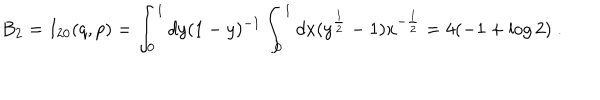
B _ { 2 } = I _ { 2 0 } ( q , p ) = \int _ { 0 } ^ { 1 } d y ( 1 - y ) ^ { - 1 } \int _ { 0 } ^ { 1 } d x ( y ^ { \frac 1 2 } - 1 ) x ^ { - \frac 1 2 } = 4 ( - 1 + \log 2 ) \; .